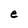
Character: e